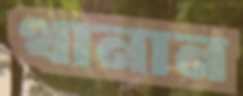
থানান